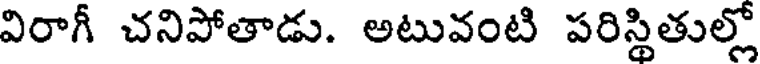
విరాగీ చనిపోతాడు. అటువంటి పరిస్థితుల్లో